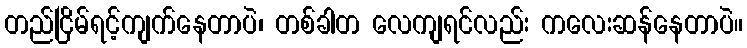
တည်ငြိမ်ရင့်ကျက်နေတာပဲ၊ တစ်ခါတ လေကျရင်လည်း ကလေးဆန်နေတာပဲ။